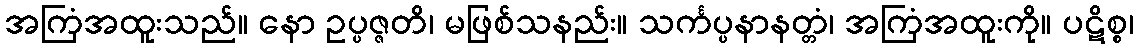
အကြံအထူးသည်။ နော ဥပ္ပဇ္ဇတိ၊ မဖြစ်သနည်း။ သင်္ကပ္ပနာနတ္တံ၊ အကြံအထူးကို။ ပဋိစ္စ၊